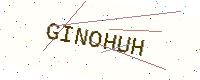
Text: GINOHUH